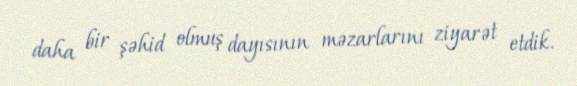
daha bir şəhid olmuş dayısının məzarlarını ziyarət etdik.